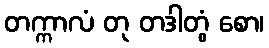
တက္ကာလံ တု တဒါတွံ စော၊